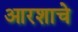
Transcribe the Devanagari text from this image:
आरशाचे